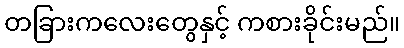
တခြားကလေးတွေနှင့် ကစားခိုင်းမည်။